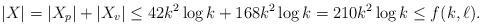
LaTeX: \begin{align*}|X| = |X_p|+ |X_v| \le 42k^2\log k + 168 k^2\log k =210k^2\log k \le f(k,\ell).\end{align*}